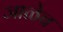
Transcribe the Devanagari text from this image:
जाळेच